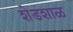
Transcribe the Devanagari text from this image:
शेडशाळ